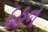
દહન